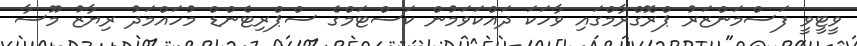
ވީޓީވީ ފަސްމަންޒަރު ޕްރޮގްރާމްގައި ވާހަކަ ދައްކަވަމުން ކަސްޓަމްގެ ސްޕްރިޓެންޑް މުހައްމަދު ރިޔާޒު މޫސާ